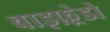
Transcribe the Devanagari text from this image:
वाइफ़्रेडो